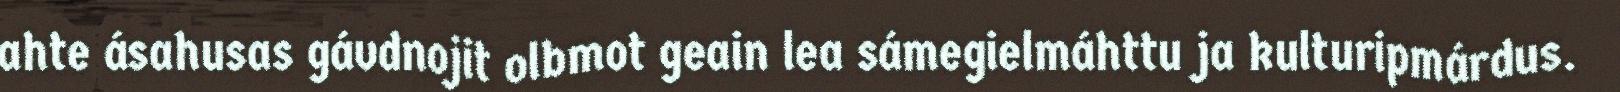
ahte ásahusas gávdnojit olbmot geain lea sámegielmáhttu ja kulturipmárdus.